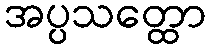
အပ္ပသတ္ထော